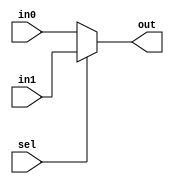
module mux32_2to1 (out, in0, in1, sel);
	output reg  [31:0] out;
	input [31:0] in0;
	input [31:0] in1;
	input sel;

  	always @(sel)
    begin
      if (sel == 0)
			out = in0;
      else
			out = in1;
    end
endmodule